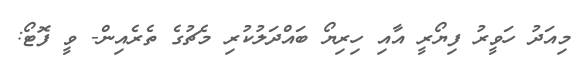
މިއަދު ހަވީރު ފިޔޯރީ އާއި ހިރިޔޯ ބައްދަލުކުރި މެޗުގެ ތެރެއިން- ވީ ފޮޓޯ: